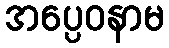
အပ္ပေဝနာမ